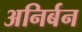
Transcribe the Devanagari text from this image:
अनिर्बन